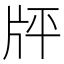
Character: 𤖳